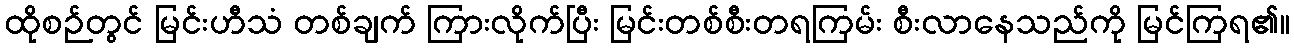
ထိုစဉ်တွင် မြင်းဟီသံ တစ်ချက် ကြားလိုက်ပြီး မြင်းတစ်စီးတရကြမ်း စီးလာနေသည်ကို မြင်ကြရ၏။